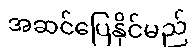
အဆင်ပြေနိုင်မည်